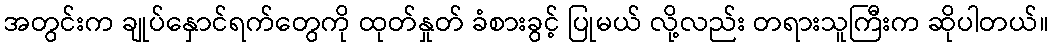
အတွင်းက ချုပ်နှောင်ရက်တွေကို ထုတ်နှုတ် ခံစားခွင့် ပြုမယ် လို့လည်း တရားသူကြီးက ဆိုပါတယ်။